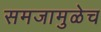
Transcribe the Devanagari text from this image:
समजामुळेच